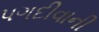
પગદીવાની